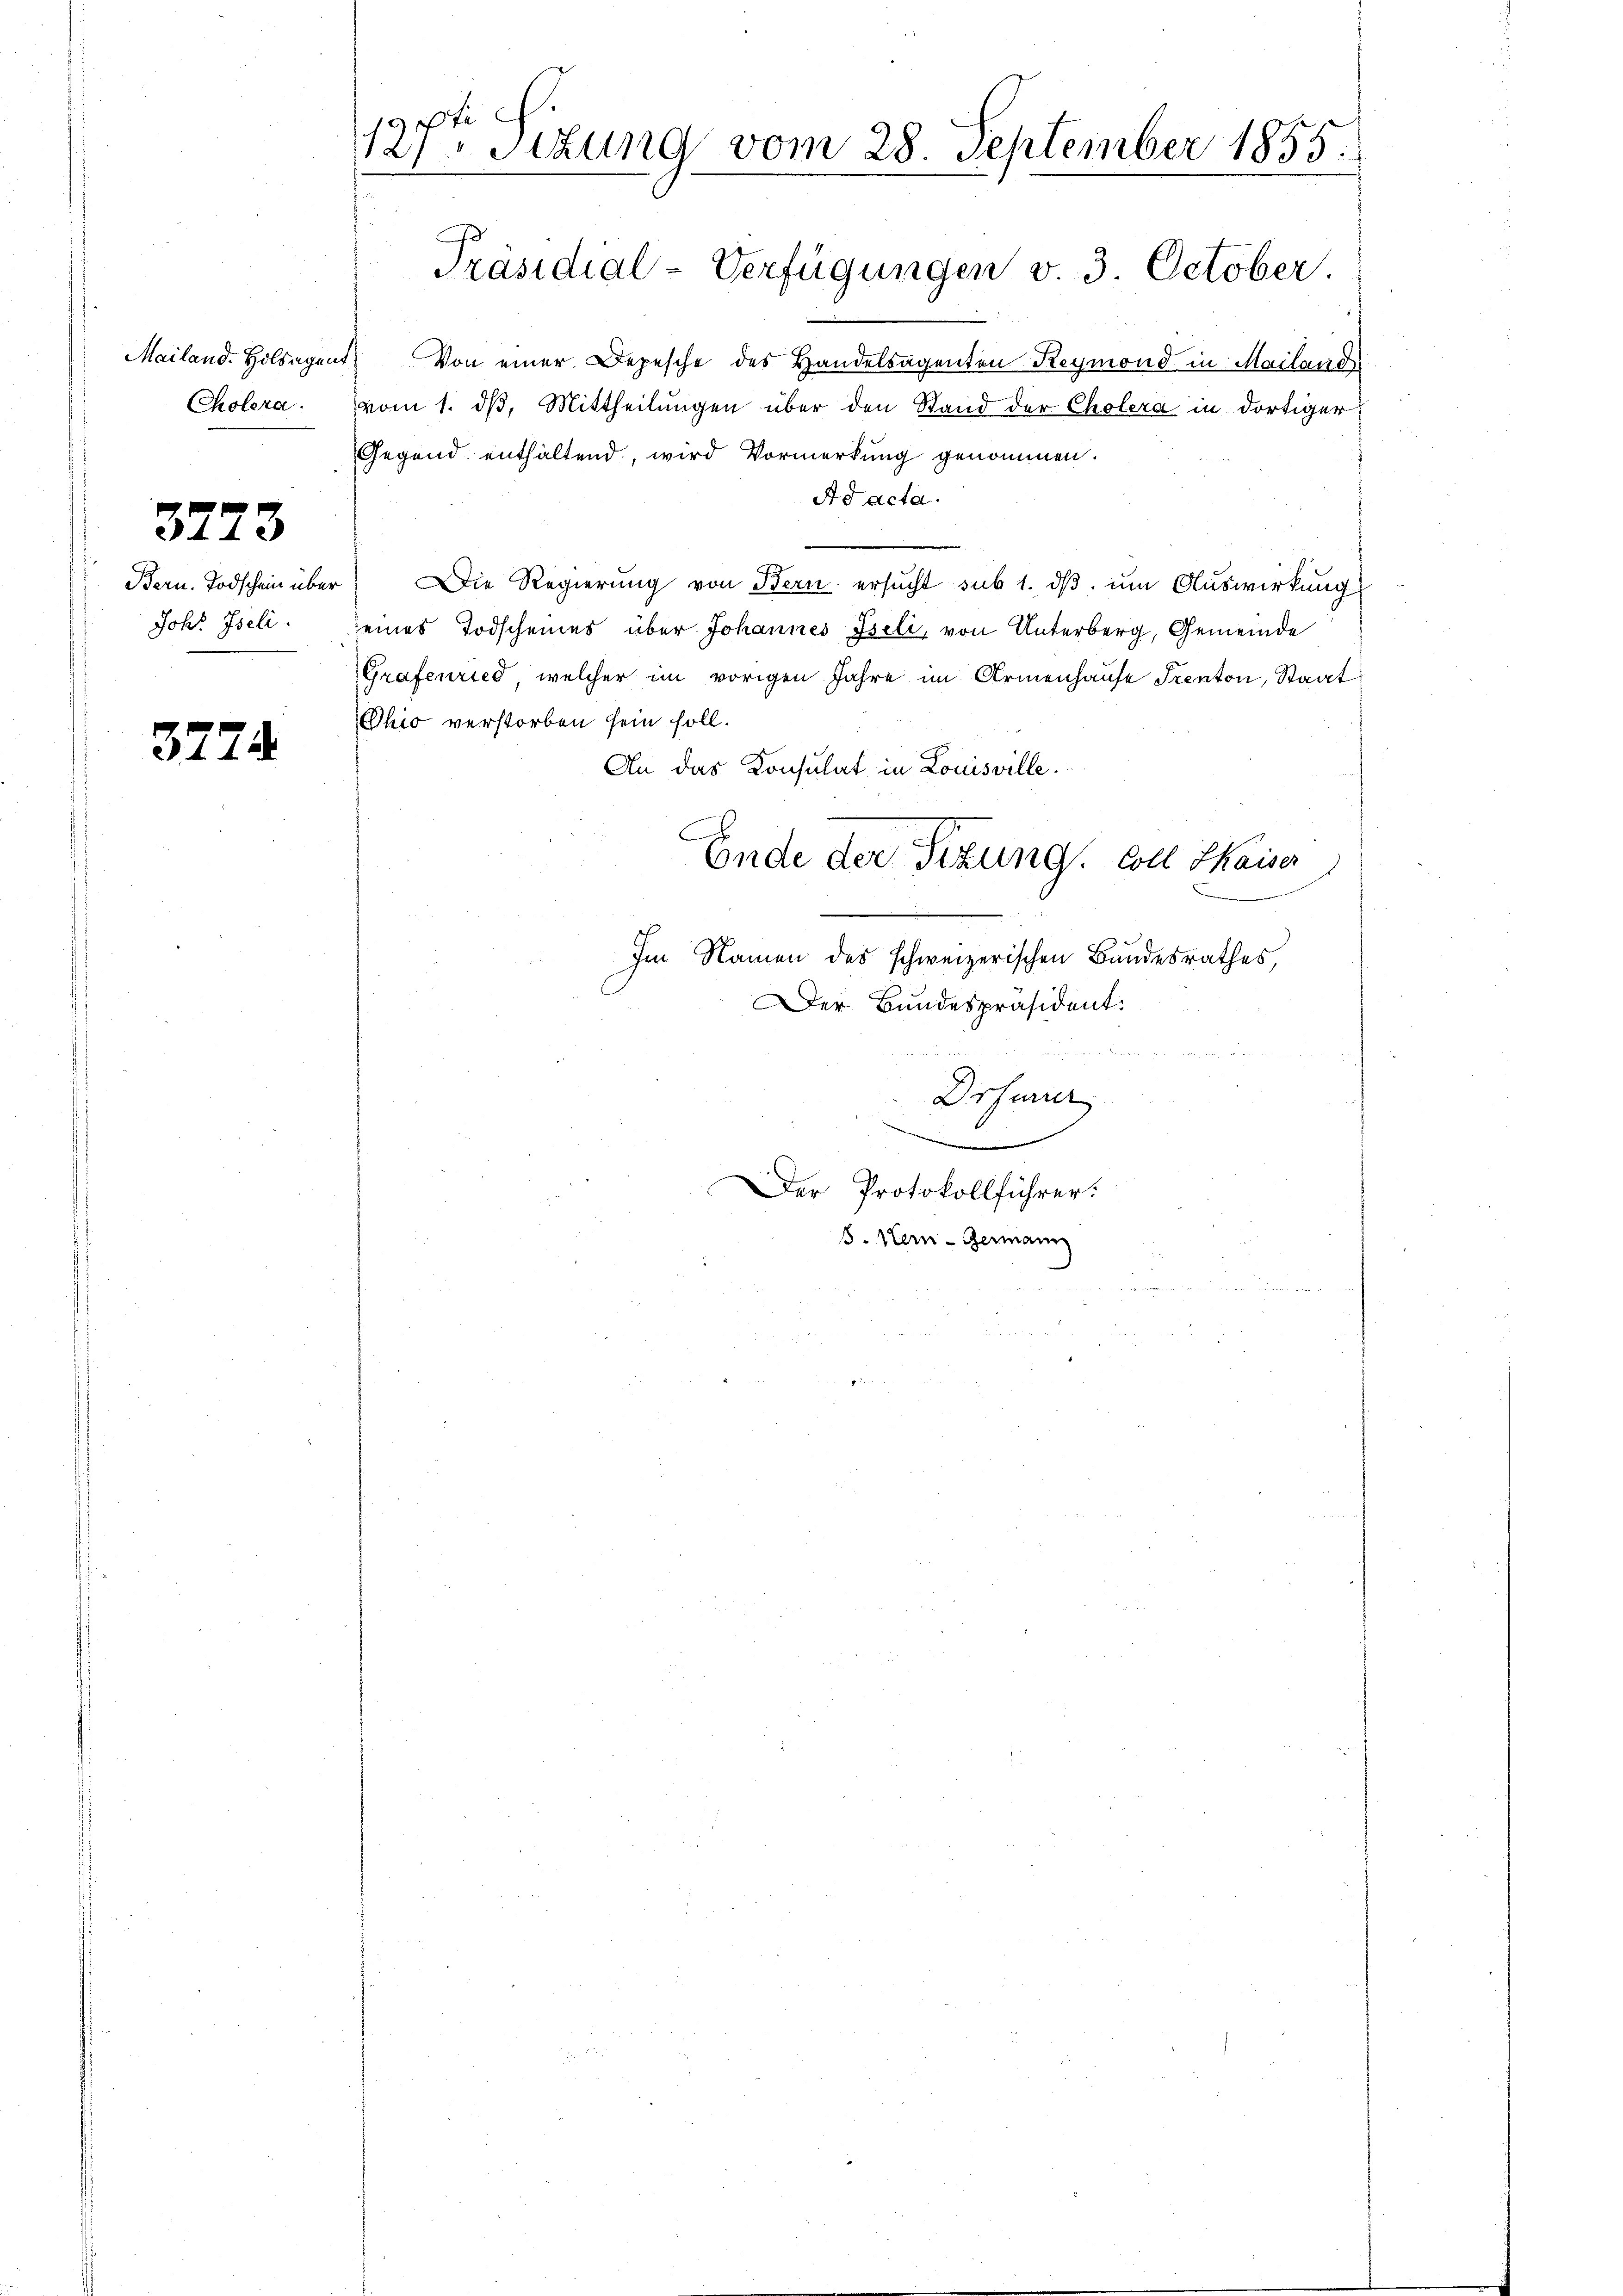
Mailand-Holsagen
Cholera.

3773

Bern. Todschein über
Johs. Iseli.

3774

127ten Sizung vom 28. September 1855.
.
Präsidial-Verfügungen v. 3. October

d
Von einer Depesche des Handelsagenten Reymond in Mailand
(vom 1. dβ. Mittheilungen über den Stand der Cholera in dortiger
Gegend enthaltend, wird Vormerkung genommen.
Ad acta.
Die Regierung von Bern ersucht sub 1. dβ. um Auswirkung
eines Todscheines über Johannes Iseli, von Unterberg, Gemeinde
Grafenried, welcher im vorigen Jahre im Armenhause Frenton, Staat
Chio verstorben sein soll.
An das Konsulat in Louisville.
Ende der Sitzung. Soll Kaiser
Im Namen des schweizerischen Bundesrathes
Der Bundespräsident:
Drsurier
e
Der Protokollführer:
8. Her-Germann